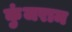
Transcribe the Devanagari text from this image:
कुंजराम